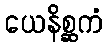
ယေနိစ္ဆကံ